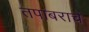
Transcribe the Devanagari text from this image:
तपांबराचे